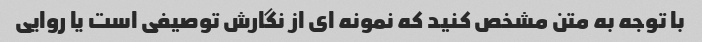
با توجه به متن مشخص کنید که نمونه ای از نگارش توصیفی است یا روایی